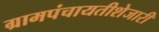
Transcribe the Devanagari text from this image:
ग्रामपंचायतीशेजारी